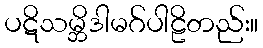
ပဋိသမ္ဘိဒါမဂ်ပါဠိတည်း။